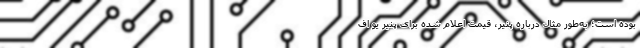
بوده است؛ به‌طور مثال درباره پنیر، قیمت اعلام شده برای پنیر یو اف